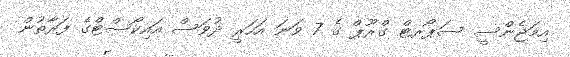
އިމަޖެންސީ ސަޕޯރޓް ގްރޫޕް ގެ 7 ވަނަ އަހަރީ ދުވަސް އައިކޯސްޓްގެ ފަރާތުން